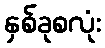
နှစ်ခုစလုံး